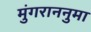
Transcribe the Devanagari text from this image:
मुंगराननुमा